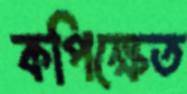
কপিক্ষেত